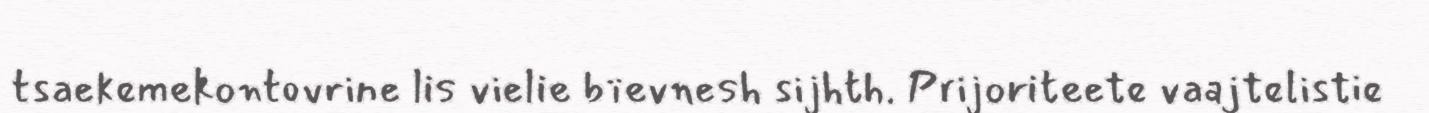
tsaekemekontovrine lis vielie bïevnesh sijhth. Prijoriteete vaajtelistie